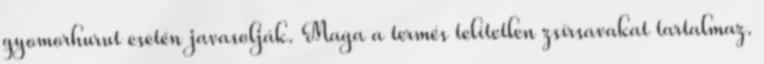
gyomorhurut esetén javasolják. Maga a termés telítetlen zsírsavakat tartalmaz.